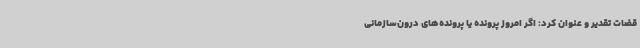
قضات تقدیر و عنوان کرد: اگر امروز پرونده یا پرونده‌های درون‌سازمانی